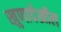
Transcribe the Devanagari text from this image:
खुणादेखील